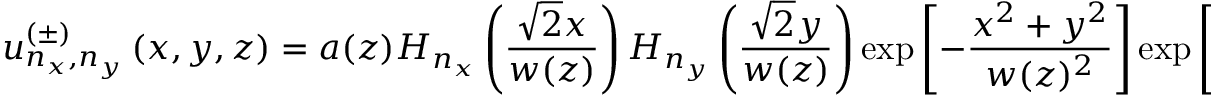
u _ { n _ { x } , n _ { y } } ^ { ( \pm ) } \left( x , y , z \right) = a ( z ) H _ { n _ { x } } \left( \frac { \sqrt { 2 } x } { w ( z ) } \right) H _ { n _ { y } } \left( \frac { \sqrt { 2 } y } { w ( z ) } \right) \exp \left[ - \frac { x ^ { 2 } + y ^ { 2 } } { w ( z ) ^ { 2 } } \right] \exp \left[ \mp i k \frac { x ^ { 2 } + y ^ { 2 } } { 2 R _ { u } ( z ) } \right] \exp \left[ \pm i ( n _ { x } + n _ { y } + 1 ) \Psi _ { G } \right]